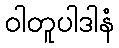
ဝါတူပါဒါနံ